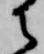
御